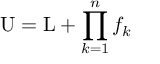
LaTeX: \mathrm { U } = \mathrm { L } + \prod _ { k = 1 } ^ { n } f _ { k }